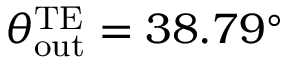
\theta _ { \mathrm { o u t } } ^ { \mathrm { T E } } = 3 8 . 7 9 ^ { \circ }